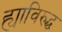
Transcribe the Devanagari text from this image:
ह्याविरुद्ध